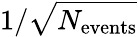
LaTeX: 1/\sqrt{N_{\mathrm{events}}}